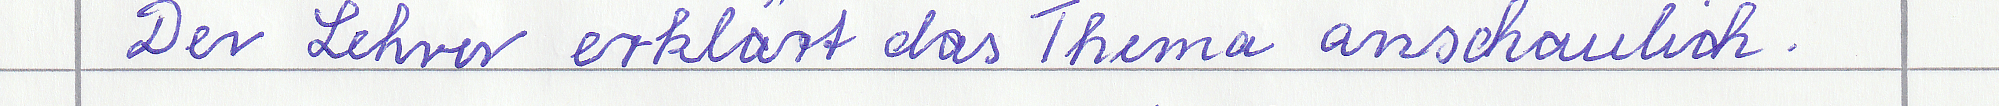
Der Lehrer erklärt das Thema anschaulich.